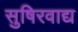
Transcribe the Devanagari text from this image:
सुषिरवाद्य